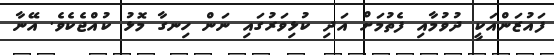
ފައުޒަންއަކީ ދުވުމާއި ފެތުމަށް އަދި ކުޅިވަރުގައި ނަން ހިނގާ މޮޅު ކުއްޖެކެވެ. އޭނާ